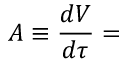
A \equiv { \frac { d V } { d \tau } } =